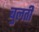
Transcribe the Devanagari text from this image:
बुलती